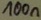
Text: 100n